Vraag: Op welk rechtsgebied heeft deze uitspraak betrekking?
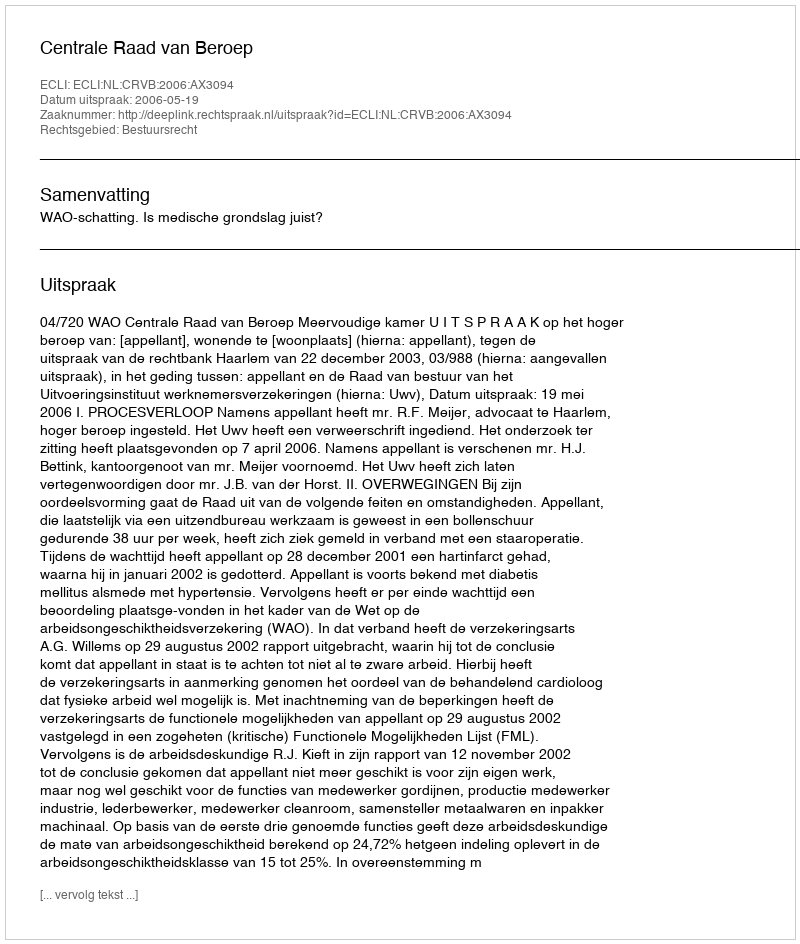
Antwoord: Bestuursrecht